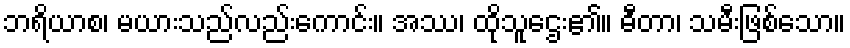
ဘရိယာစ၊ မယားသည်လည်းကောင်း။ အဿ၊ ထိုသူဌေး၏။ ဓီတာ၊ သမီးဖြစ်သော။